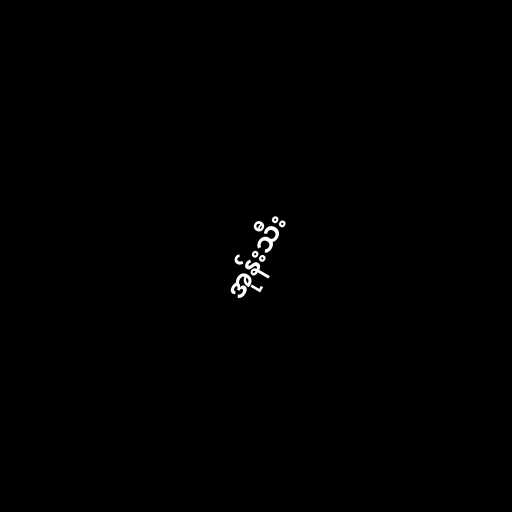
အုန်းသီး